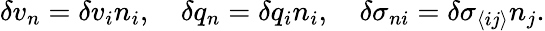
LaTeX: \delta v_{n}=\delta v_{i}n_{i},\quad\delta q_{n}=\delta q_{i}n_{i},\quad\delta\sigma_{ni}=\delta\sigma_{\langle ij\rangle}n_{j}.